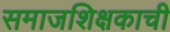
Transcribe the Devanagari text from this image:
समाजशिक्षकाची